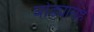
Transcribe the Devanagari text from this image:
घोड्यासह